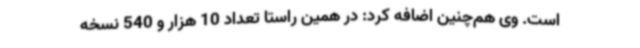
است. وی هم‌چنین اضافه کرد: در همین راستا تعداد 10 هزار و 540 نسخه